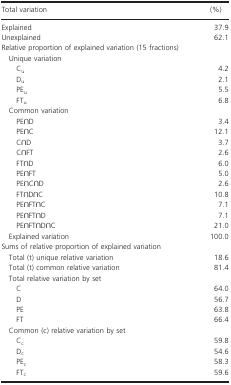
<table><thead><tr><td><b>Total variation</b></td><td><b>(%)</b></td></tr></thead><tbody><tr><td>Explained</td><td>37.9</td></tr><tr><td>Unexplained</td><td>62.1</td></tr><tr><td colspan="2">Relative proportion of explained variation (15 fractions)</td></tr><tr><td colspan="2"> Unique variation</td></tr><tr><td>C<sub>u</sub></td><td>4.2</td></tr><tr><td>D<sub>u</sub></td><td>2.1</td></tr><tr><td>PE<sub>u</sub></td><td>5.5</td></tr><tr><td>FT<sub>u</sub></td><td>6.8</td></tr><tr><td colspan="2"> Common variation</td></tr><tr><td>PE∩D</td><td>3.4</td></tr><tr><td>PE∩C</td><td>12.1</td></tr><tr><td>C∩D</td><td>3.7</td></tr><tr><td>C∩FT</td><td>2.6</td></tr><tr><td>FT∩D</td><td>6.0</td></tr><tr><td>PE∩FT</td><td>5.0</td></tr><tr><td>PE∩C∩D</td><td>2.6</td></tr><tr><td>FT∩D∩C</td><td>10.8</td></tr><tr><td>PE∩FT∩C</td><td>7.1</td></tr><tr><td>PE∩FT∩D</td><td>7.1</td></tr><tr><td>PE∩FT∩D∩C</td><td>21.0</td></tr><tr><td> Explained variation</td><td>100.0</td></tr><tr><td colspan="2">Sums of relative proportion of explained variation</td></tr><tr><td> Total (t) unique relative variation</td><td>18.6</td></tr><tr><td> Total (t) common relative variation</td><td>81.4</td></tr><tr><td colspan="2"> Total relative variation by set</td></tr><tr><td>C</td><td>64.0</td></tr><tr><td>D</td><td>56.7</td></tr><tr><td>PE</td><td>63.8</td></tr><tr><td>FT</td><td>66.4</td></tr><tr><td colspan="2"> Common (c) relative variation by set</td></tr><tr><td>C<sub>c</sub></td><td>59.8</td></tr><tr><td>D<sub>c</sub></td><td>54.6</td></tr><tr><td>PE<sub>c</sub></td><td>58.3</td></tr><tr><td>FT<sub>c</sub></td><td>59.6</td></tr></tbody></table>